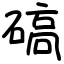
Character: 碻